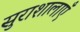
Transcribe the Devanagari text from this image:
सुराशालाएँ